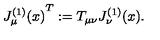
{ J _ { \mu } ^ { ( 1 ) } ( x ) } ^ { T } : = T _ { \mu \nu } J _ { \nu } ^ { ( 1 ) } ( x ) .